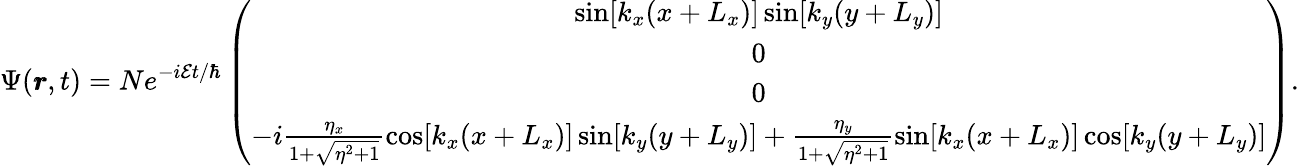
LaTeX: \Psi(\pmb{r},t)=Ne^{-i\mathcal{E}t/\hbar}\left(\begin{array}{c}{\sin[k_{x}(x+L_{x})]\sin[k_{y}(y+L_{y})]}\\ {0}\\ {0}\\ {-i\frac{\eta_{x}}{1+\sqrt{\eta^{2}+1}}\cos[k_{x}(x+L_{x})]\sin[k_{y}(y+L_{y})]+\frac{\eta_{y}}{1+\sqrt{\eta^{2}+1}}\sin[k_{x}(x+L_{x})]\cos[k_{y}(y+L_{y})]}\end{array}\right).